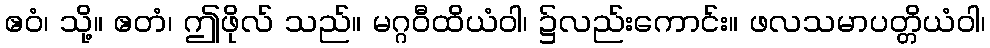
ဧဝံ၊ သို့။ ဧတံ၊ ဤဖိုလ် သည်။ မဂ္ဂဝီထိယံဝါ၊ ၌လည်းကောင်း။ ဖလသမာပတ္တိယံဝါ၊